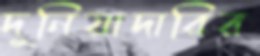
দুনিয়াদারির